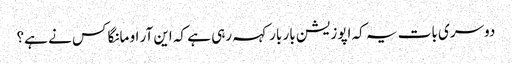
دوسری بات یہ کہ اپوزیشن بار بار کہہ رہی ہے کہ این آر او مانگا کس نے ہے؟